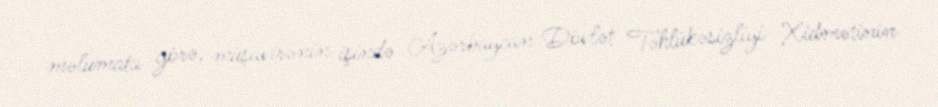
məlumata görə, müşavirənin işində Azərbaycan Dövlət Təhlükəsizliyi Xidmətinin